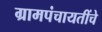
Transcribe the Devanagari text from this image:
ग्रामपंचायतींचे